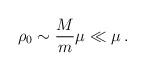
LaTeX: \begin{align*}\rho _{0}\sim {\frac{M}{m}}\mu \ll\mu \,.\end{align*}